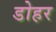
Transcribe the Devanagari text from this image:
डोहर